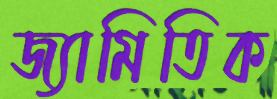
জ্যামিতিক